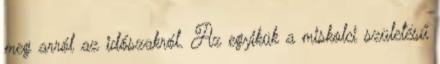
meg arról az időszakról. Az egyikük a miskolci születésű